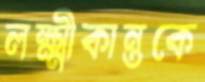
লক্ষ্মীকান্তকে